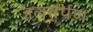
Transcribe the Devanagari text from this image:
जलतर्पण